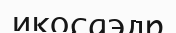
икосаэдр